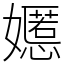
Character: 嬺